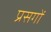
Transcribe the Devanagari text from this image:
प्रसगों